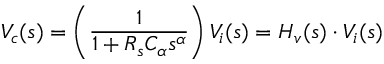
V _ { c } ( s ) = \left( \frac { 1 } { 1 + R _ { s } C _ { \alpha } s ^ { \alpha } } \right) V _ { i } ( s ) = H _ { v } ( s ) \cdot V _ { i } ( s )